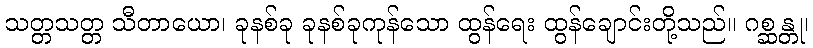
သတ္တသတ္တ သီတာယော၊ ခုနစ်ခု ခုနစ်ခုကုန်သော ထွန်ရေး ထွန်ချောင်းတို့သည်။ ဂစ္ဆန္တု၊